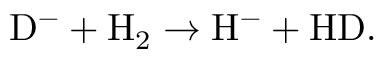
\mathrm { D ^ { - } + H _ { 2 } \rightarrow H ^ { - } + H D } .